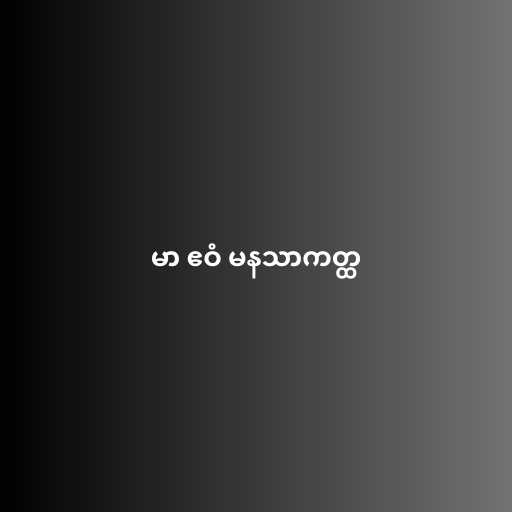
မာ ဧဝံ မနသာကတ္ထ